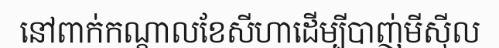
នៅពាក់កណ្តាលខែសីហាដើម្បីបាញ់មីស៊ីល